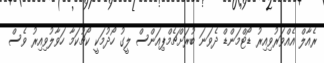
ރެއާލް އެއްވަރުވިއިރު ޑޯޓްމަންޑް ދެވަނަ ބުރަށްޗެމްޕިއަންސް ލީގު ހޯދުމަކީ ކޯޗުކަމާ ހަވާލުވިއިރު ވެސް